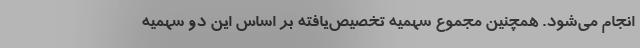
انجام می‌شود. همچنین مجموع سهمیه تخصیص‌یافته بر اساس این دو سهمیه